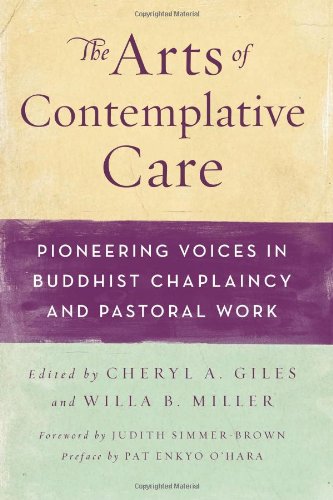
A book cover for The Arts of Contemplative Care: Pioneering Voices in Buddhist Chaplaincy and Pastoral Work; Christian Books & Bibles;